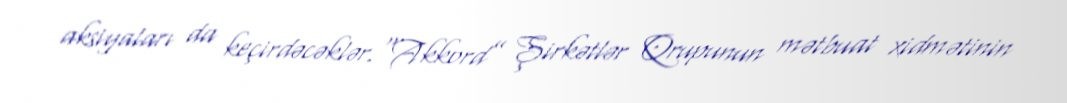
aksiyaları da keçirdəcəklər.“Akkord” Şirkətlər Qrupunun mətbuat xidmətinin